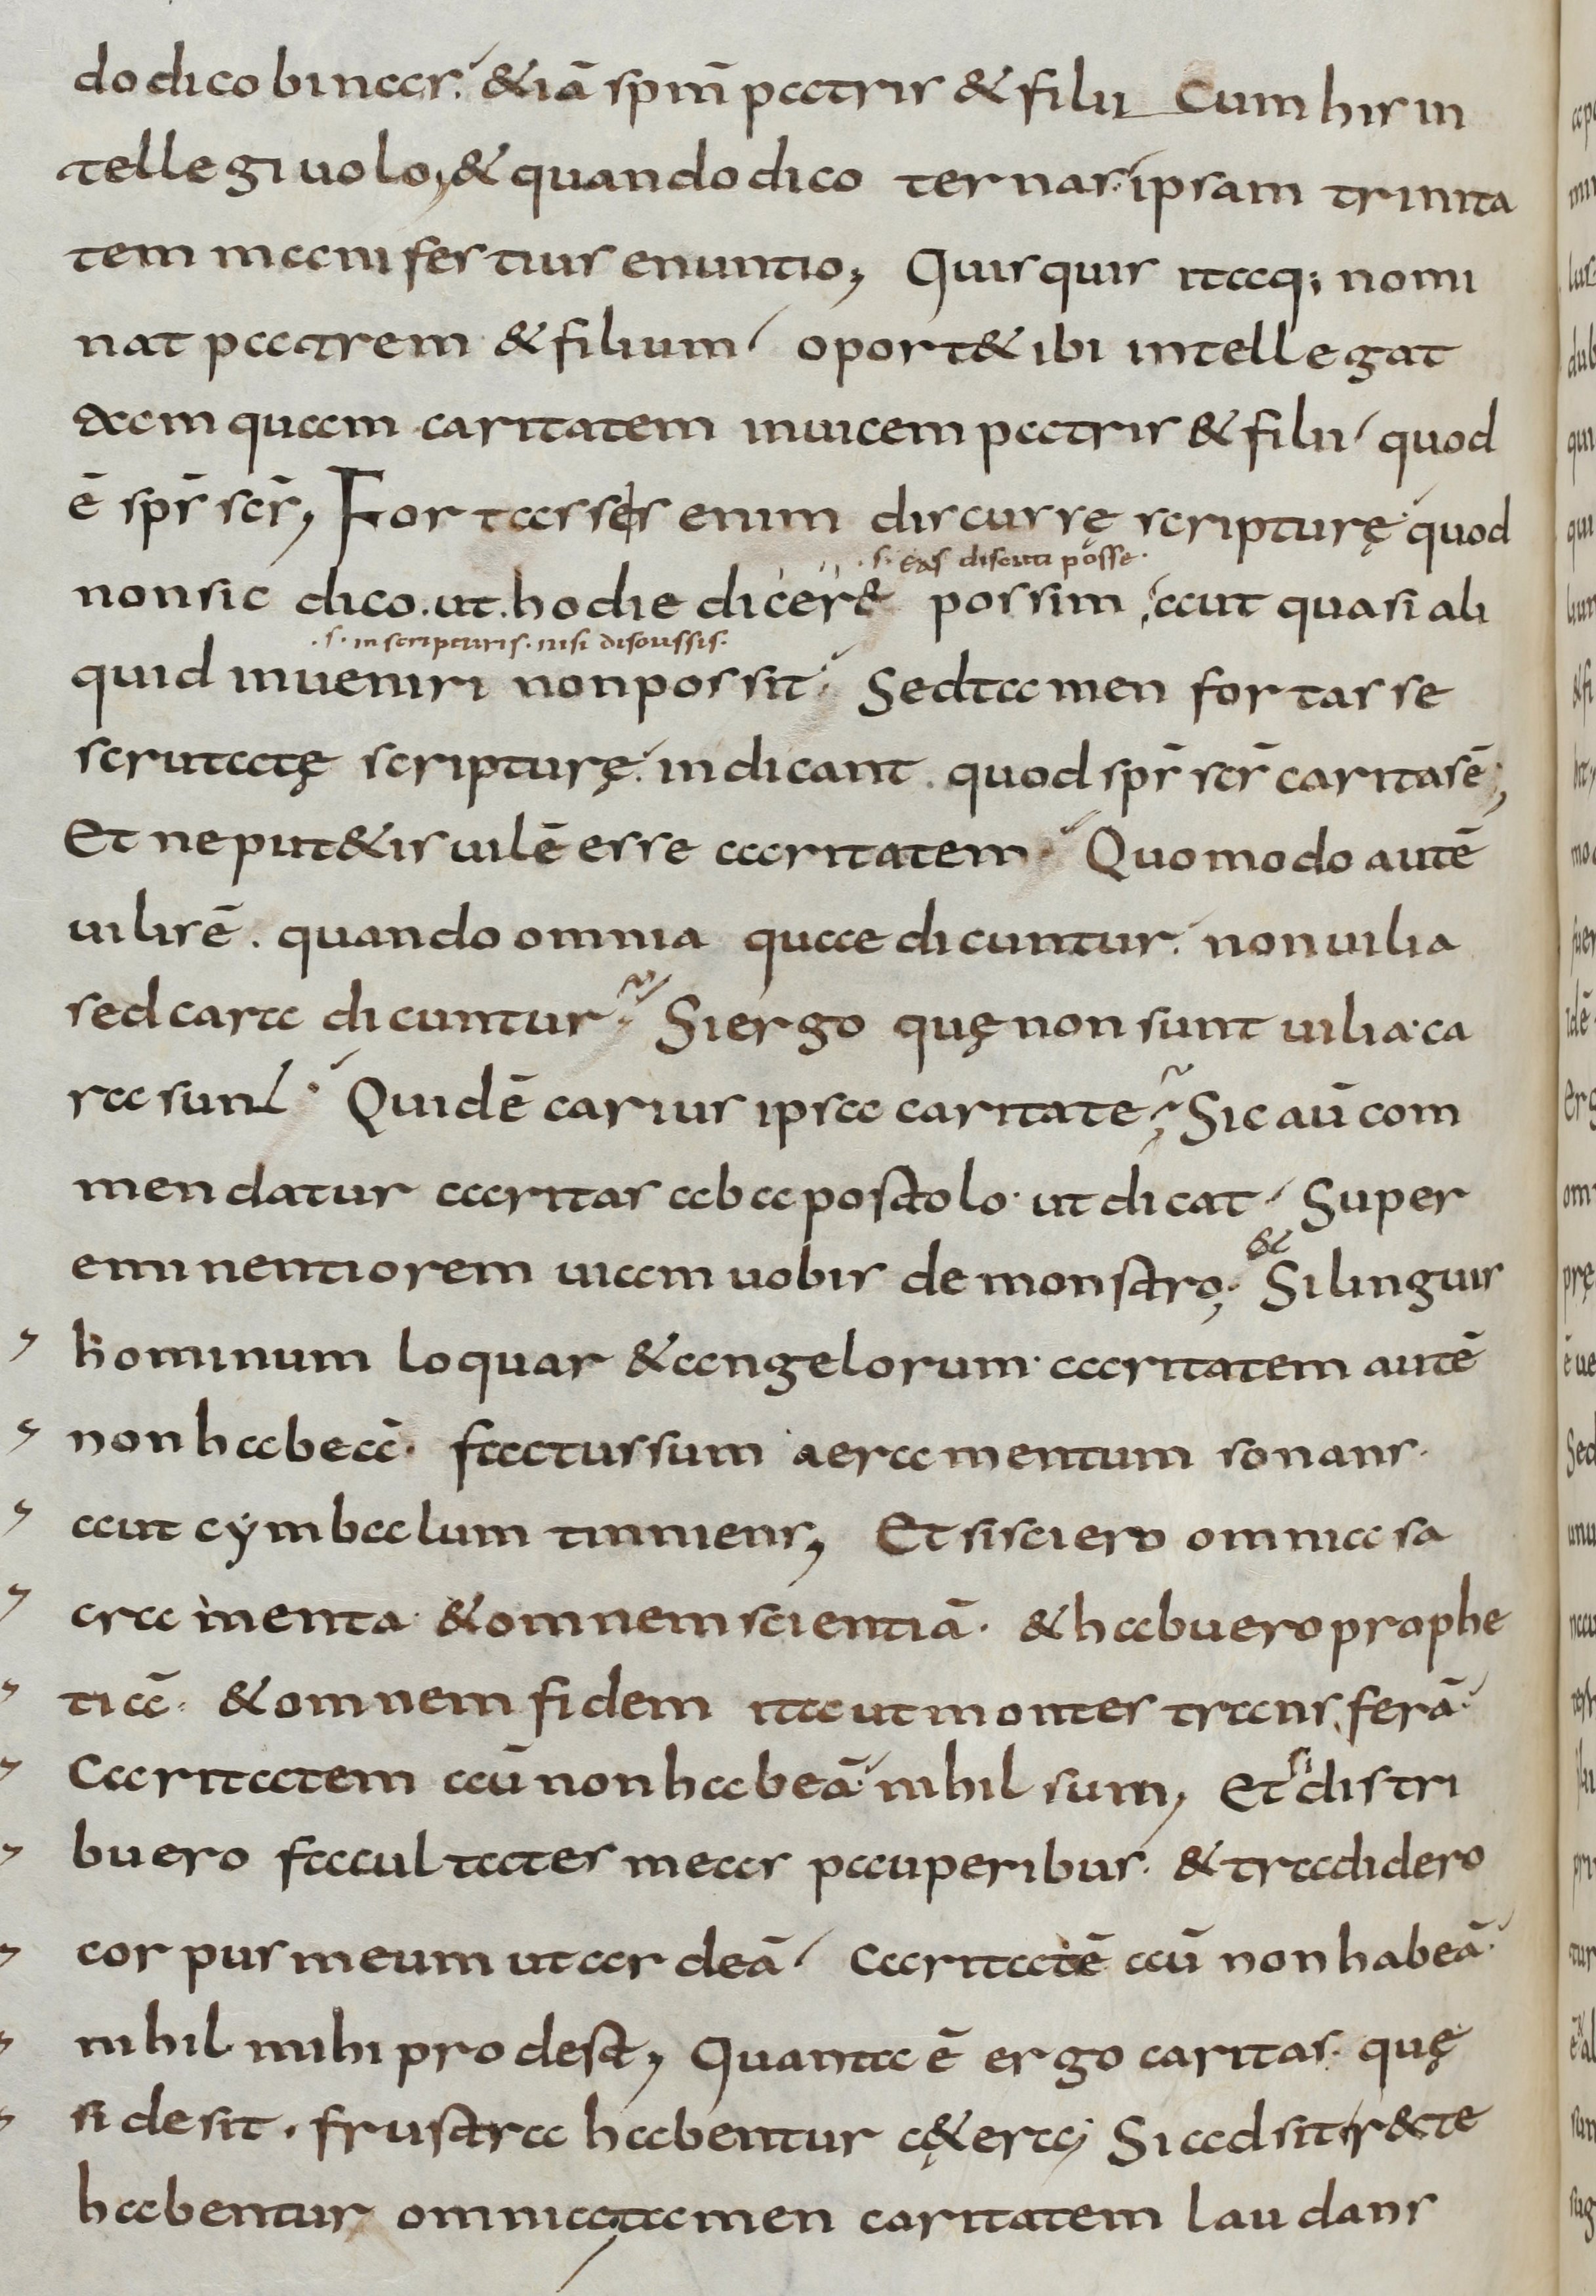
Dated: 800–899